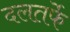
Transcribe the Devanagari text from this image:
दलतर्फे